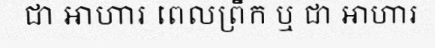
ជា អាហារ ពេលព្រឹក ឬ ជា អាហារ